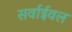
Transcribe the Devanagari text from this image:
सर्वाईवल